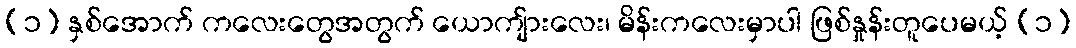
(၁) နှစ်အောက် ကလေးတွေအတွက် ယောကျ်ားလေး၊ မိန်းကလေးမှာပါ ဖြစ်နှုန်းတူပေမယ့် (၁)